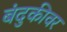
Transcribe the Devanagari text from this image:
बंदुकीवर